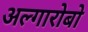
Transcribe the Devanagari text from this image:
अल्गारोबो